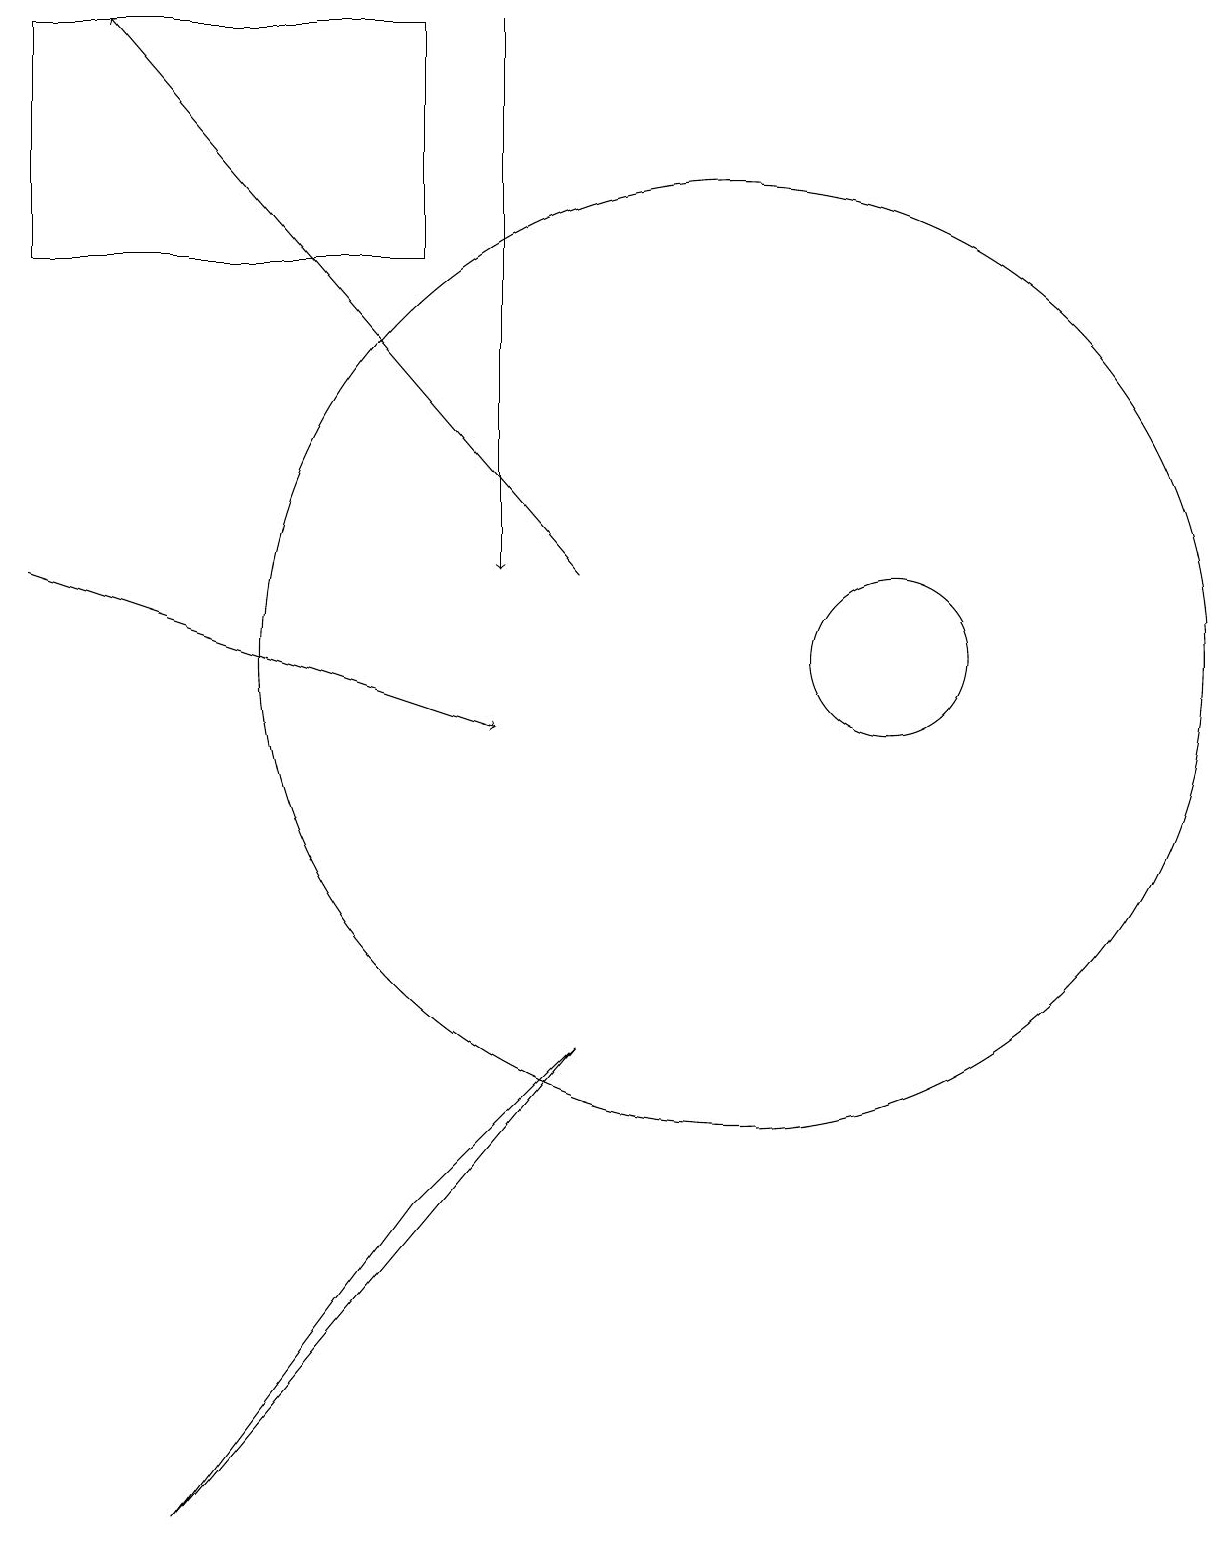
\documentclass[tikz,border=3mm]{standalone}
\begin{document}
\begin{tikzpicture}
\draw (6,4) -- (8,6) -- (3,0) -- cycle;
\draw[->] (7,19) -- (7,12);
\draw (10,11) circle (6);
\draw[->] (8,12) -- (2,19);
\draw[->] (1,12) -- (7,10);
\draw (12,11) circle (1);
\draw (1,16) rectangle (6,19);
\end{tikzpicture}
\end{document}